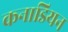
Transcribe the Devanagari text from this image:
कनाडियन